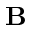
{ \mathbf B }